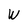
Character: W